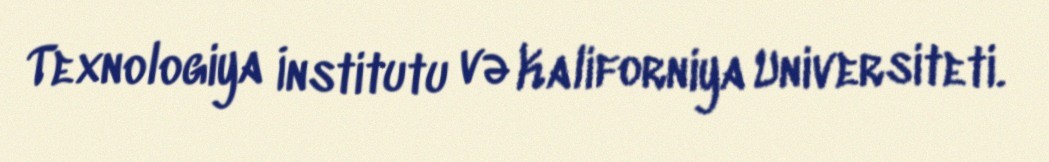
Texnologiya İnstitutu və Kaliforniya Universiteti.